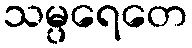
သမ္ပရေတေ